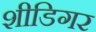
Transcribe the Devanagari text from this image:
शीडिगर